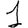
Digit: 1